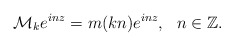
\begin{align*}\mathcal{M}_k e^{inz}=m(k n)e^{inz},~~n\in\mathbb{Z}.\end{align*}